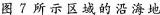
图7所示区域的沿海地